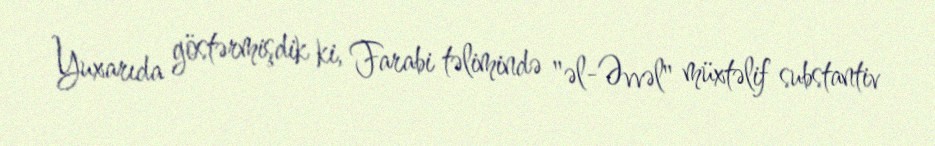
Yuxarıda göstərmişdik ki, Farabi təlimində "əl-Əvvəl" müxtəlif substantiv